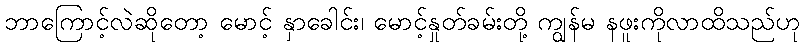
ဘာကြောင့်လဲဆိုတော့ မောင့် နှာခေါင်း၊ မောင့်နှုတ်ခမ်းတို့ ကျွန်မ နဖူးကိုလာထိသည်ဟု